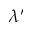
\lambda ^ { \prime }